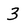
Character: 3